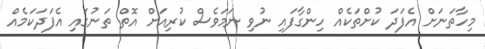
މިހާތަނަށް އެފަދަ ކުށްތަކެއް ހިންގާފައި ނުވި ނަމަވެސް ކުރިއަށް އޮތް ތަނުގައި އެފަދަކަމެއް